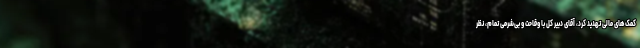
کمک‌های مالی تهدید کرد، آقای دبیر کل با وقاحت و بی‌شرمی تمام، نظر